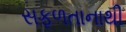
સફળતાનાથી